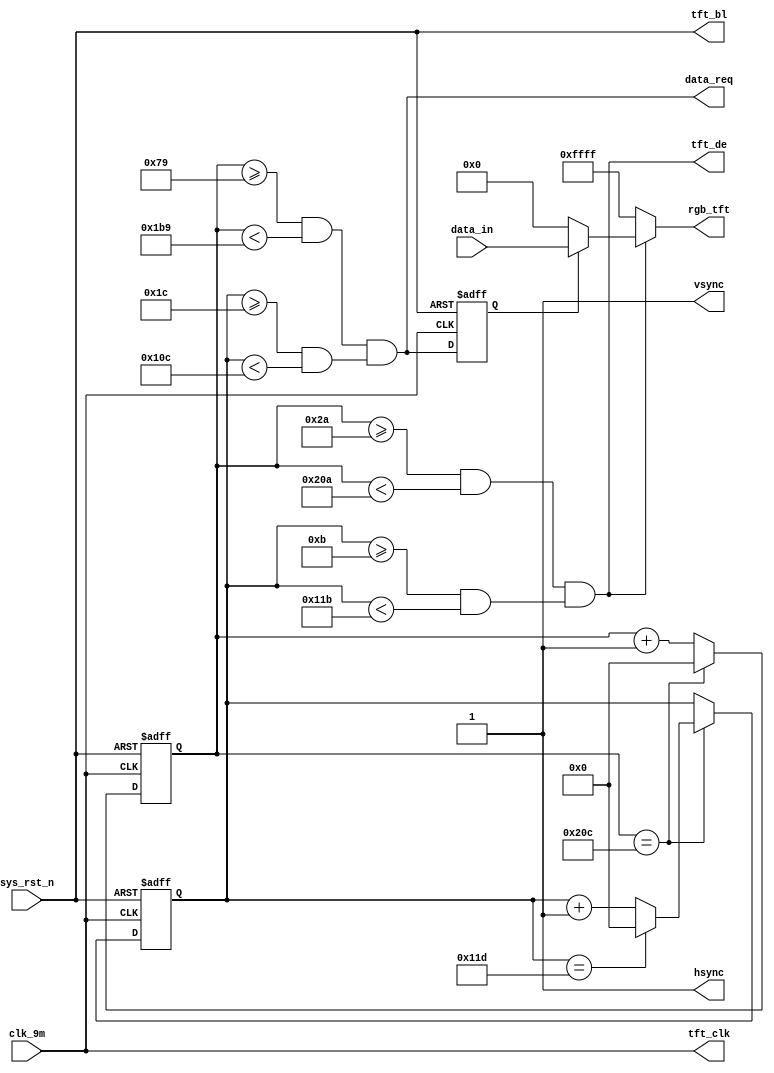
`timescale  1ns/1ns
////////////////////////////////////////////////////////////////////////
// Module Name   : tft_ctrl
// Project Name  : ov7725_tft_320x272
// Target Devices: Altera EP4CE10F17C8N
// Tool Versions : Quartus 13.0
// Description   : TFT
// 
// Revision      : V1.0
// Additional Comments:
// 
// : _Pro_FPGA
//     : http://www.embedfire.com
//     : http://www.firebbs.cn
//     : https://fire-stm32.taobao.com
////////////////////////////////////////////////////////////////////////

module  tft_ctrl
(
    input   wire            clk_9m      ,   //,9MHz
    input   wire            sys_rst_n   ,   //,
    input   wire    [15:0]  data_in     ,   //

    output  wire            data_req    ,   //
    output  wire    [15:0]  rgb_tft     ,   //TFT
    output  wire            hsync       ,   //TFT
    output  wire            vsync       ,   //TFT
    output  wire            tft_clk     ,   //TFT
    output  wire            tft_de      ,   //TFT
    output  wire            tft_bl          //TFT
);

//********************************************************************//
//****************** Parameter and Internal Signal *******************//
//********************************************************************//

//parameter define
parameter   H_SYNC      =   11'd41  ,   //
            H_BACK      =   11'd2   ,   //
            H_LEFT      =   11'd0   ,   //
            H_VALID     =   11'd480 ,   //
            H_RIGHT     =   11'd0   ,   //
            H_FRONT     =   11'd2   ,   //
            H_TOTAL     =   11'd525 ;   //
parameter   V_SYNC      =   11'd10  ,   //
            V_BACK      =   11'd2   ,   //
            V_TOP       =   11'd0   ,   //
            V_VALID     =   11'd272 ,   //
            V_BOTTOM    =   11'd0   ,   //
            V_FRONT     =   11'd2   ,   //
            V_TOTAL     =   11'd286 ;   //
parameter   H_PIXEL     =   11'd320 ,   //
            V_PIXEL     =   11'd240 ;   //
parameter   H_BLACK     =   ((H_VALID - H_PIXEL) / 2),  //
            V_BLACK     =   ((V_VALID - V_PIXEL) / 2);  //

//wire  define
wire            data_valid  ;   //
wire    [15:0]  data_out    ;   //

//reg   define
reg     [9:0]   cnt_h       ;   //
reg     [9:0]   cnt_v       ;   //
reg             data_req_dly;   //

//********************************************************************//
//***************************** Main Code ****************************//
//********************************************************************//

//tft_clk,tft_de,tft_bl:TFT
assign  tft_clk = clk_9m    ;
assign  tft_de  = data_valid;
assign  tft_bl  = sys_rst_n ;

//cnt_h:
always@(posedge clk_9m or negedge sys_rst_n)
    if(sys_rst_n == 1'b0)
        cnt_h   <=  10'd0;
    else    if(cnt_h == H_TOTAL - 1'b1)
        cnt_h   <=  10'd0;
    else
        cnt_h   <=  cnt_h + 10'd1;

//cnt_v:
always@(posedge clk_9m or negedge sys_rst_n)
    if(sys_rst_n == 1'b0)
        cnt_v   <=  10'd0;
    else    if(cnt_h == H_TOTAL - 1'b1) 
    begin
        if(cnt_v == V_TOTAL - 1'b1)
            cnt_v   <=  10'd0;
        else
            cnt_v   <=  cnt_v + 10'd1;
    end
    else 
        cnt_v   <=  cnt_v;

//data_valid:
assign  data_valid = ((cnt_h >= (H_SYNC + H_BACK + H_LEFT - 1'b1))
            && (cnt_h < (H_SYNC + H_BACK + H_LEFT + H_VALID - 1'b1)))
            &&((cnt_v >= (V_SYNC + V_BACK + V_TOP - 1'b1))
            && (cnt_v < (V_SYNC + V_BACK + V_TOP + V_VALID  - 1'b1)));

//data_req:
assign  data_req = ((cnt_h >= (H_SYNC + H_BACK + H_LEFT + H_BLACK - 2))
    && (cnt_h < ((H_SYNC + H_BACK + H_LEFT + H_BLACK + H_PIXEL - 2))))
    &&((cnt_v >= ((V_SYNC + V_BACK + V_TOP + V_BLACK)))
    && (cnt_v < ((V_SYNC + V_BACK + V_TOP + V_BLACK + V_PIXEL))));

//data_req_dly:,
always@(posedge clk_9m or negedge sys_rst_n)
    if(sys_rst_n == 1'b0)
        data_req_dly    <=  1'b0;
    else
        data_req_dly    <=  data_req;

//data_out:
assign  data_out = (data_req_dly == 1'b1) ? data_in : 16'h0000;

//hsync,vsync,rgb_tft:
assign  rgb_tft = (data_valid == 1'b0) ? 16'hFFFF : data_out;
assign  hsync = 1'b1  ;
assign  vsync = 1'b1  ;
endmodule